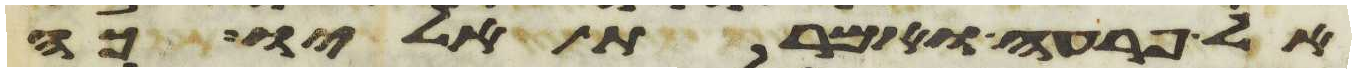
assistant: אל פרעה ואמרת אליו כה